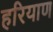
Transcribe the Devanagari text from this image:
हरियाण